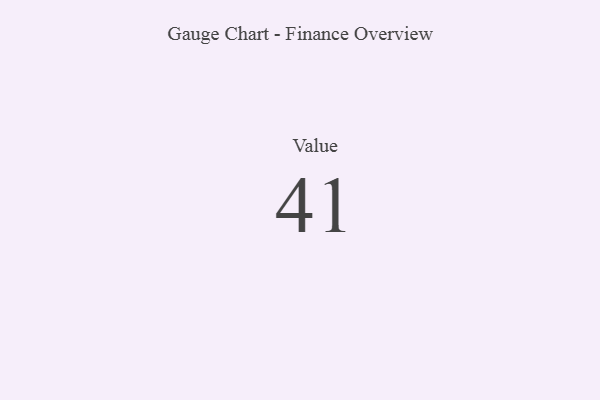
{"axis": {"x": "Metric", "y": "Value"}, "legend": [""], "data": [{"x": "Value", "y": 41, "type": ""}]}